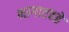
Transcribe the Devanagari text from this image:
भागाएवढे